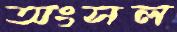
অংসল